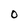
Character: O